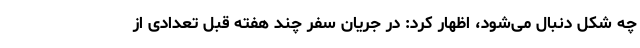
چه شکل دنبال می‌شود، اظهار کرد: در جریان سفر چند هفته قبل تعدادی از